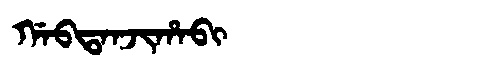
Manchu: ᡤᠠᠪᡨᠠᠨᠵᡳᡥᠠᠪᡳ
Romanization: GABTANJIHABI